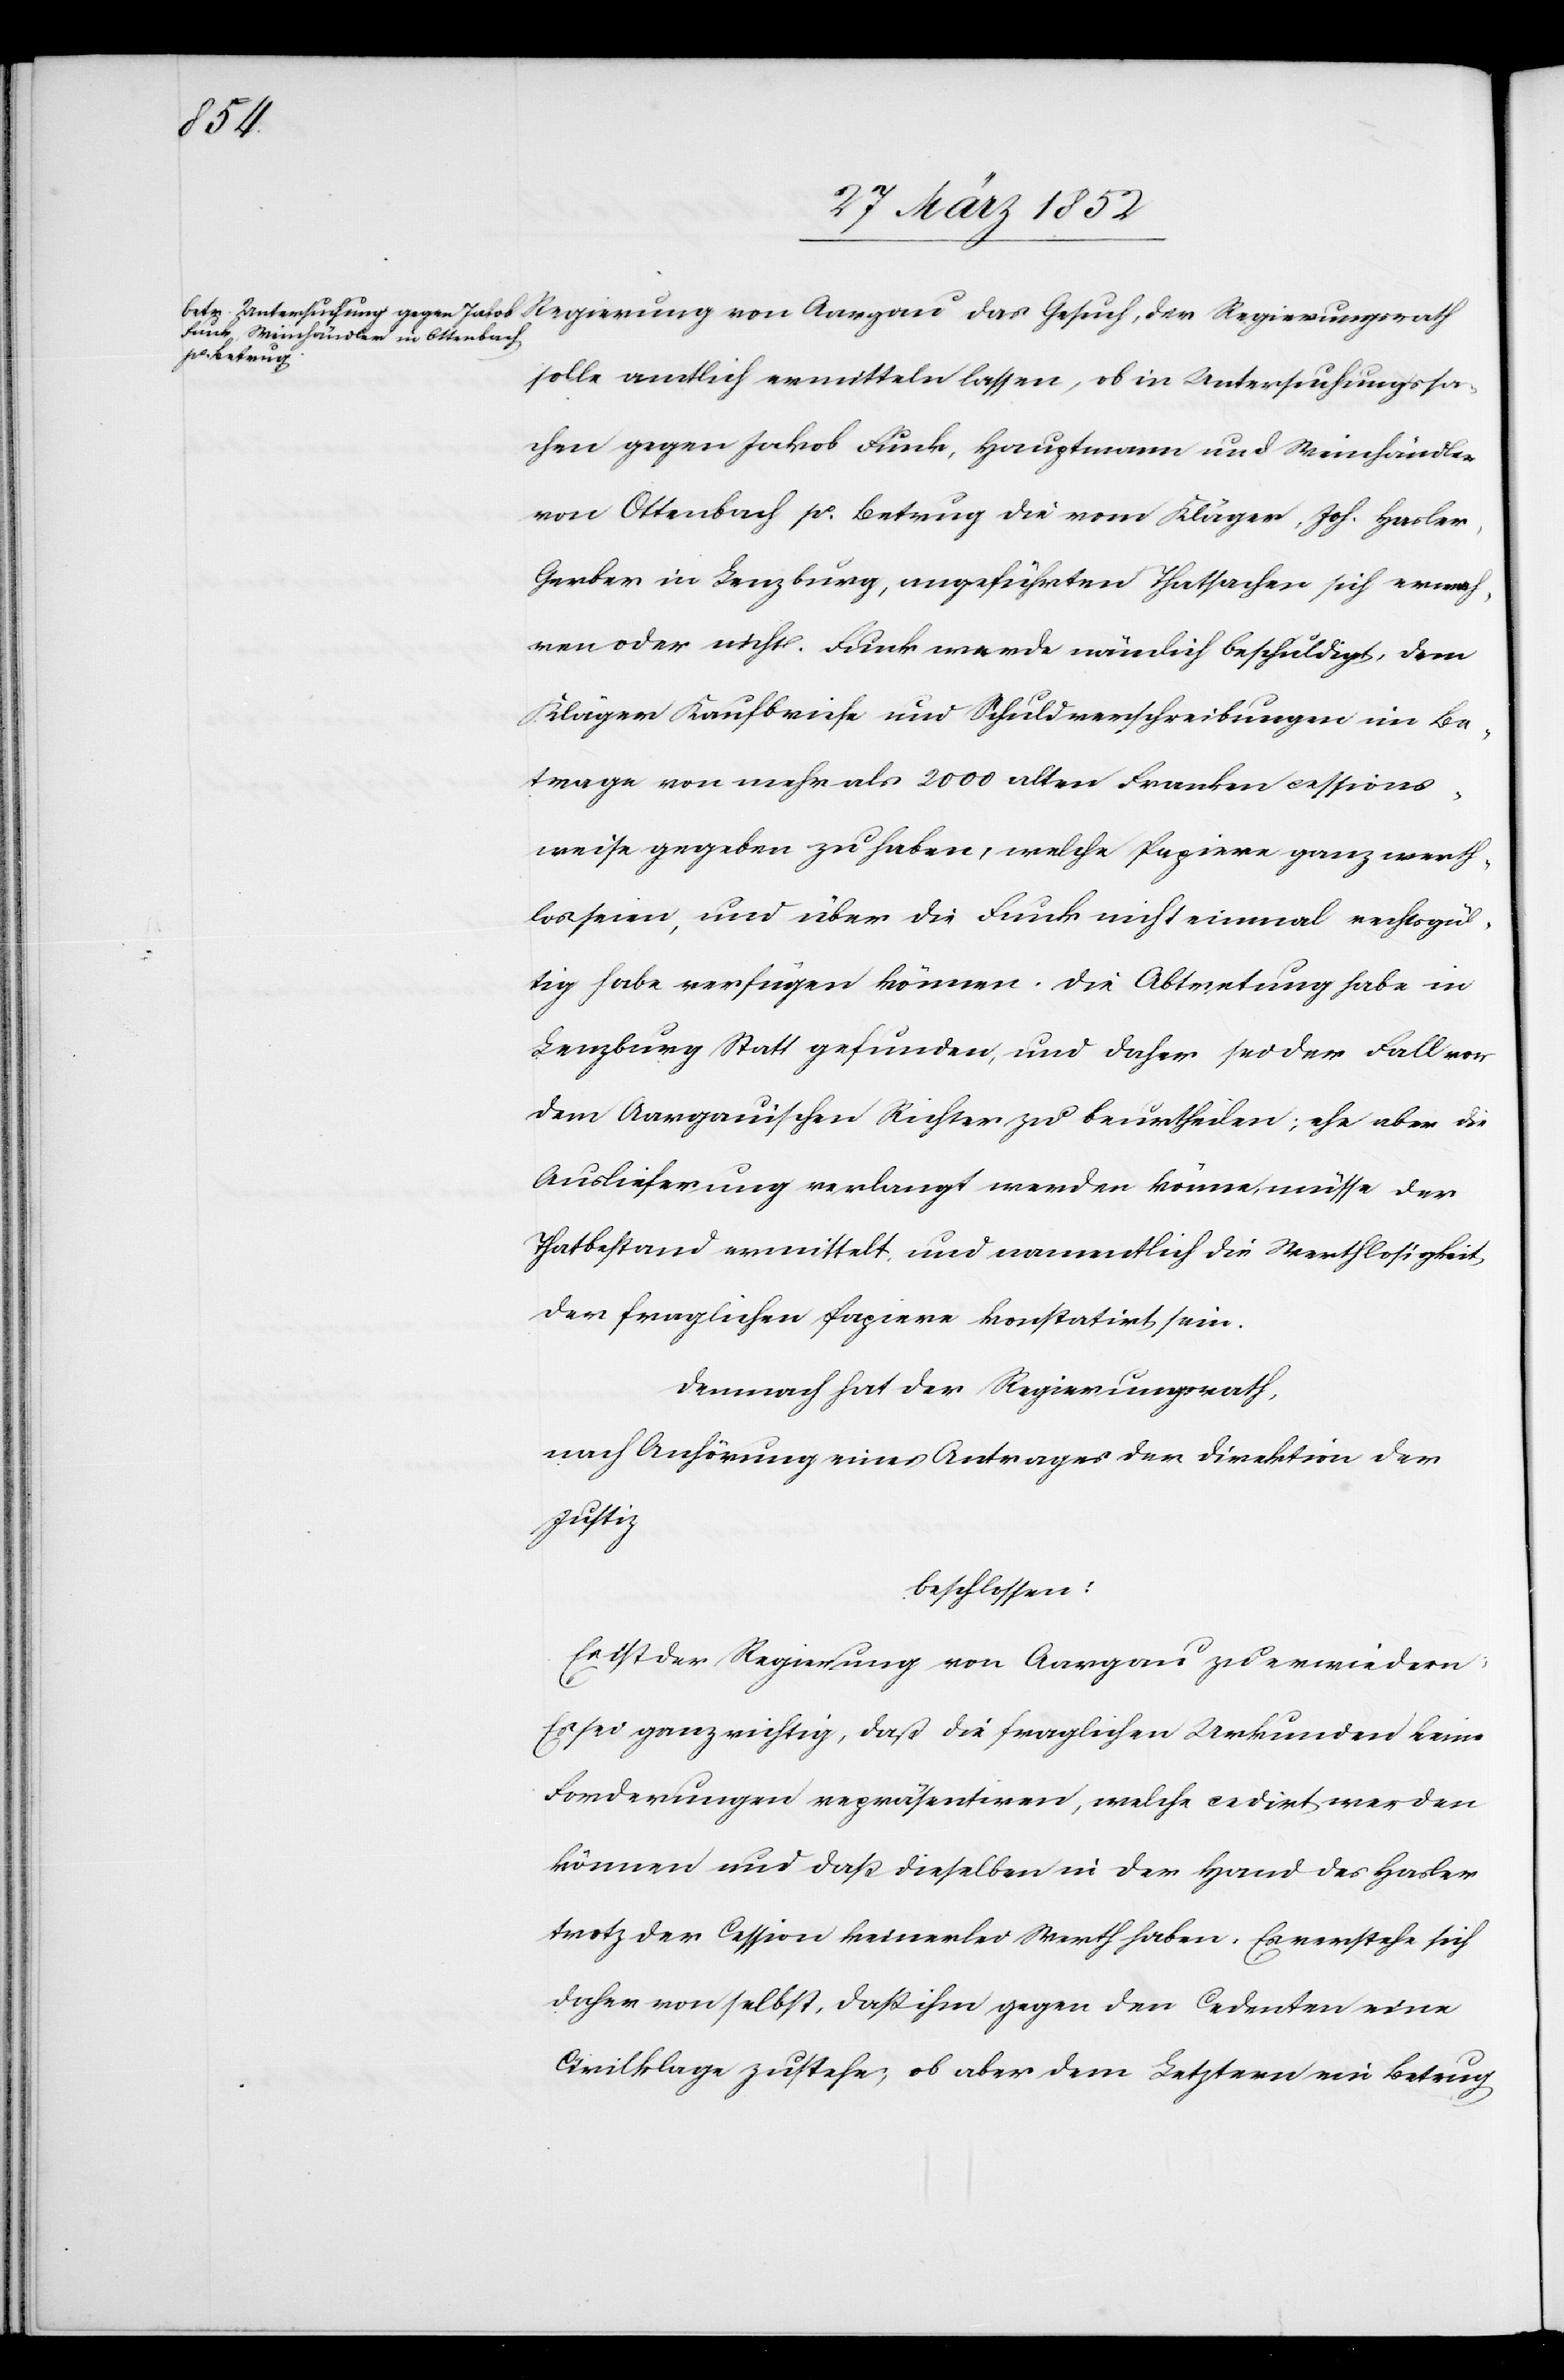
das
solle amtlich vermitteln lassen, ob in Untersuchungssa¬
chen gegen Jakob Funk, Hauptmann und Weinhändler
von Ottenbach po Betrug die vom Kläger, Joh. Hasler,
Gerber in Lenzburg, angeführten Thatsachen sich vermeh¬
ren oder nicht. Funk werde nämlich beschuldigt, dem
Kläger Kaufbriefe und Schuldverschreibungen im Be¬
trage von mehr als 2000 alten Franken cessions¬
weise gegeben zu haben, welche Papiere ganz werth¬
los seien, und über die Funk nicht einmal rechtsgül¬
tig habe verfügen können. Die Abtretung habe in
Lenzburg Statt gefunden, und daher sei der Fall vor
dem Aargauischen Richter zu beurtheilen; ehe aber die
Auslieferung verlangt werden könne, müsse der
Thatbestand vermittelt und namentlich die Werthlosigkeit
der fraglichen Papiere konstatirt sein.
Demnach hat der Regierungsrath,
nach Anführung eines Antrages der Direktion der
Justiz
beschlossen:
Es ist der Regierung von Aargau zu erwiedern:
Es sei ganz richtig, daß die fraglichen Urkunden keine
Forderungen repräsentieren, welche cedirt werden
können und daß dieselben in der Hand des Hasler
trotz der Cession keinerlei Werth haben. Es verstehe sich
daher von selbst, daß ihm gegen den Cedenten eine
Civilklage zustehe, ob aber dem Letztern ein Betrug